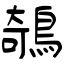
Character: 鵸